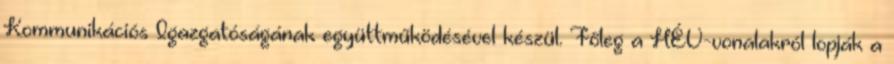
Kommunikációs Igazgatóságának együttműködésével készül. Főleg a HÉV-vonalakról lopják a